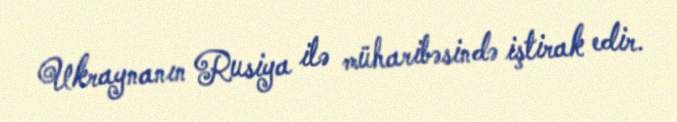
Ukraynanın Rusiya ilə müharibəsində iştirak edir.